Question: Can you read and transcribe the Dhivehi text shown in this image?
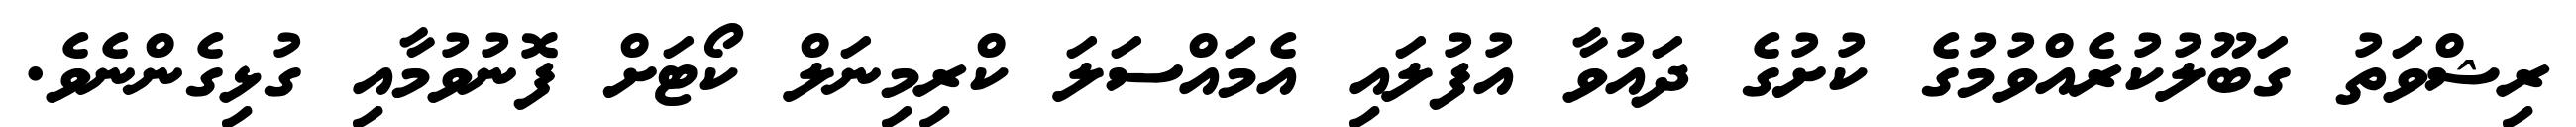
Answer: ރިޝްވަތު ގަބޫލުކުރެއްވުމުގެ ކުށުގެ ދައުވާ އުފުލައި އެމައްސަލަ ކްރިމިނަލް ކޯޓަށް ފޮނުވުމާއި ގުޅިގެންނެވެ.